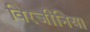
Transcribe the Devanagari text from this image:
विरजीनिया